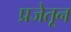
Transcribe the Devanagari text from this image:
प्रजेतून